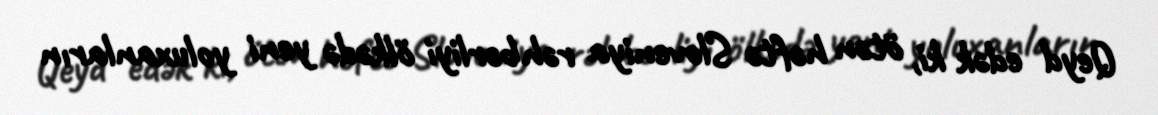
Qeyd edək ki, ötən həftə Sloveniya rəhbərliyi ölkədə yeni yoluxanların